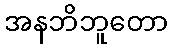
အနဘိဘူတော